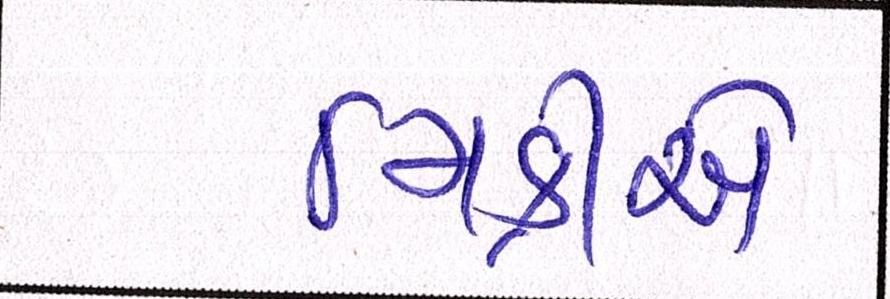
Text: મિક્રીએ